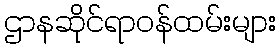
ဌာနဆိုင်ရာဝန်ထမ်းများ